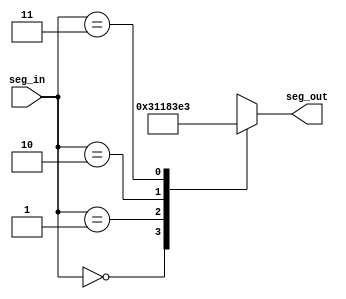
`timescale 1ns / 1ps
//////////////////////////////////////////////////////////////////////////////////
// Company: 
// Engineer: 
// 
// Design Name: 
// Module Name: seven_seg
// Project Name: 
// Target Devices: 
// Tool Versions: 
// Description: 
// 
// Dependencies: 
// 
// Revision:
// Revision 0.01 - File Created
// Additional Comments:
// 
//////////////////////////////////////////////////////////////////////////////////


module seven_seg_result(
    input [1:0] seg_in,
    output reg [7:0] seg_out
    );
    
    always@(*) begin
    case(seg_in)
    2'b00: seg_out <= 8'b00000011;//0
    2'b01: seg_out <= 8'b00010001;//A
    2'b10: seg_out <= 8'b10000011;//U
    2'b11: seg_out <= 8'b11100011;//L
    default: seg_out <= 8'b00000011;
    endcase
    end
endmodule